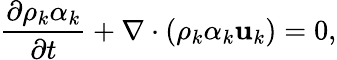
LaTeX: \frac{\partial\rho_{k}\alpha_{k}}{\partial t}+\nabla\cdot\left(\rho_{k}\alpha_{k}\mathbf{u}_{k}\right)=0,